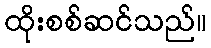
ထိုးစစ်ဆင်သည်။